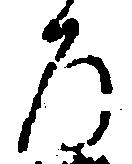
ろ